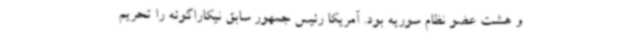
و هشت عضو نظام سوریه بود. آمریکا رئیس جمهور سابق نیکاراگوئه را تحریم